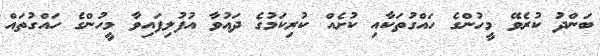
ބަންދު ކުރެވޭ މީހުންގެ ހައްގުތަކާއި ކުށެއް ކުރިކަމުގެ ދައުވާ އުފުލިފައިވާ މީހުންގެ ހައްގުތައް